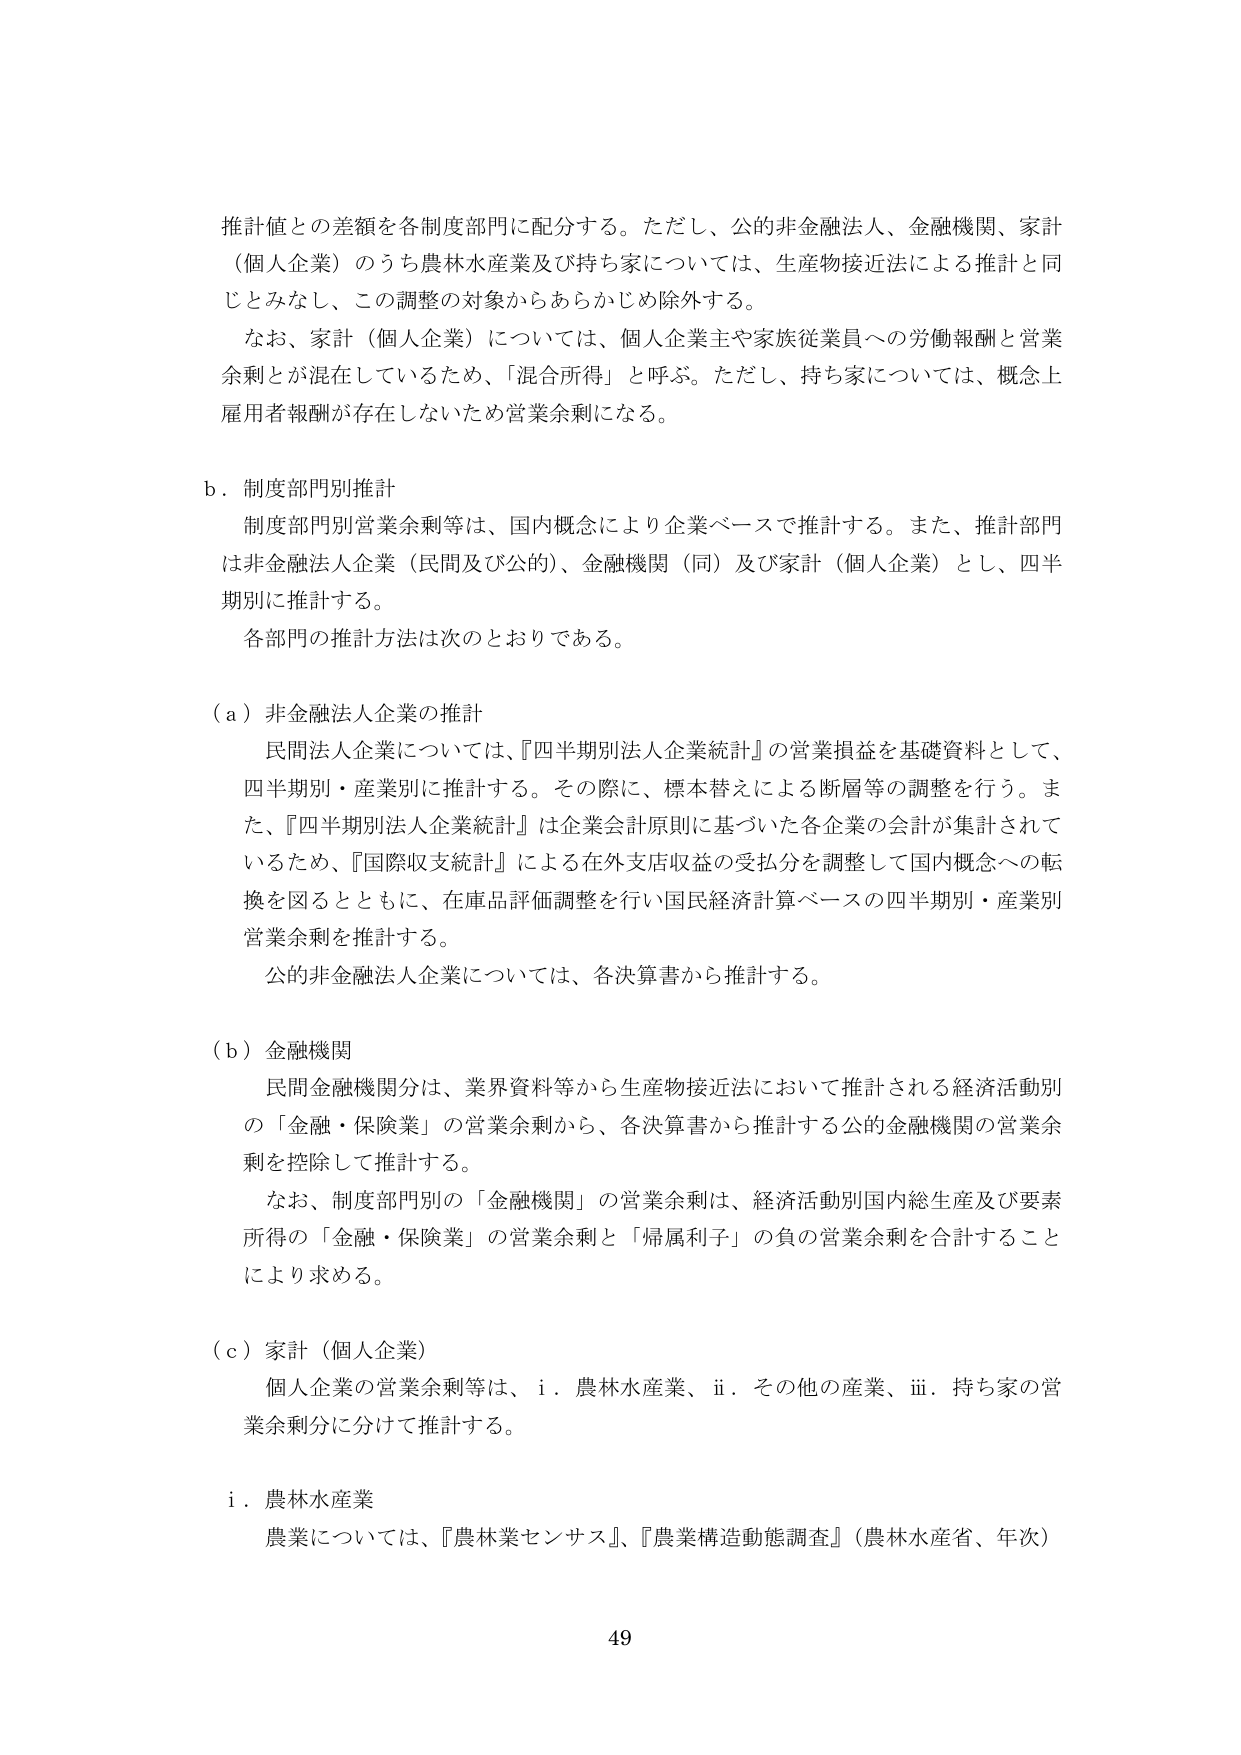
推計値との差額を各制度部門に配分する。ただし、公的非金融法人、金融機関、家計（個人企業）のうち農林水産業及び持ち家については、生産物接近法による推計と同じとみなし、この調整の対象からあらかじめ除外する。

なお、家計（個人企業）については、個人企業主や家族従業員への労働報酬と営業余剰とが混在しているため、「混合所得」と呼ぶ。ただし、持ち家については、概念上雇用者報酬が存在しないため営業余剰になる。

b．制度部門別推計

制度部門別営業余剰等は、国内概念により企業ベースで推計する。また、推計部門は非金融法人企業（民間及び公的）、金融機関（同）及び家計（個人企業）とし、四半期別に推計する。

各部門の推計方法は次のとおりである。

（a）非金融法人企業の推計

民間法人企業については、『四半期別法人企業統計』の営業損益を基礎資料として、四半期別・産業別に推計する。その際に、標本替えによる断層等の調整を行う。また、『四半期別法人企業統計』は企業会計原則に基づいた各企業の会計が集計されているため、『国際収支統計』による在外支店収益の受払分を調整して国内概念への転換を図るとともに、在庫品評価調整を行い国民経済計算ベースの四半期別・産業別営業余剰を推計する。

公的非金融法人企業については、各決算書から推計する。

（b）金融機関

民間金融機関分は、業界資料等から生産物接近法において推計される経済活動別の「金融・保険業」の営業余剰から、各決算書から推計する公的金融機関の営業余剰を控除して推計する。

なお、制度部門別の「金融機関」の営業余剰は、経済活動別国内総生産及び要素所得の「金融・保険業」の営業余剰と「帰属利子」の負の営業余剰を合計することにより求める。

（c）家計（個人企業）

個人企業の営業余剰等は、i．農林水産業、ii．その他の産業、iii．持ち家の営業余剰分に分けて推計する。

i．農林水産業

農業については、『農林業センサス』、『農業構造動態調査』（農林水産省、年次）

49